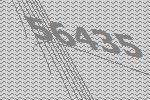
56435